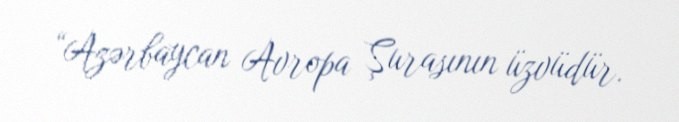
“Azərbaycan Avropa Şurasının üzvüdür.